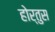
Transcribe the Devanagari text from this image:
होर्तुस